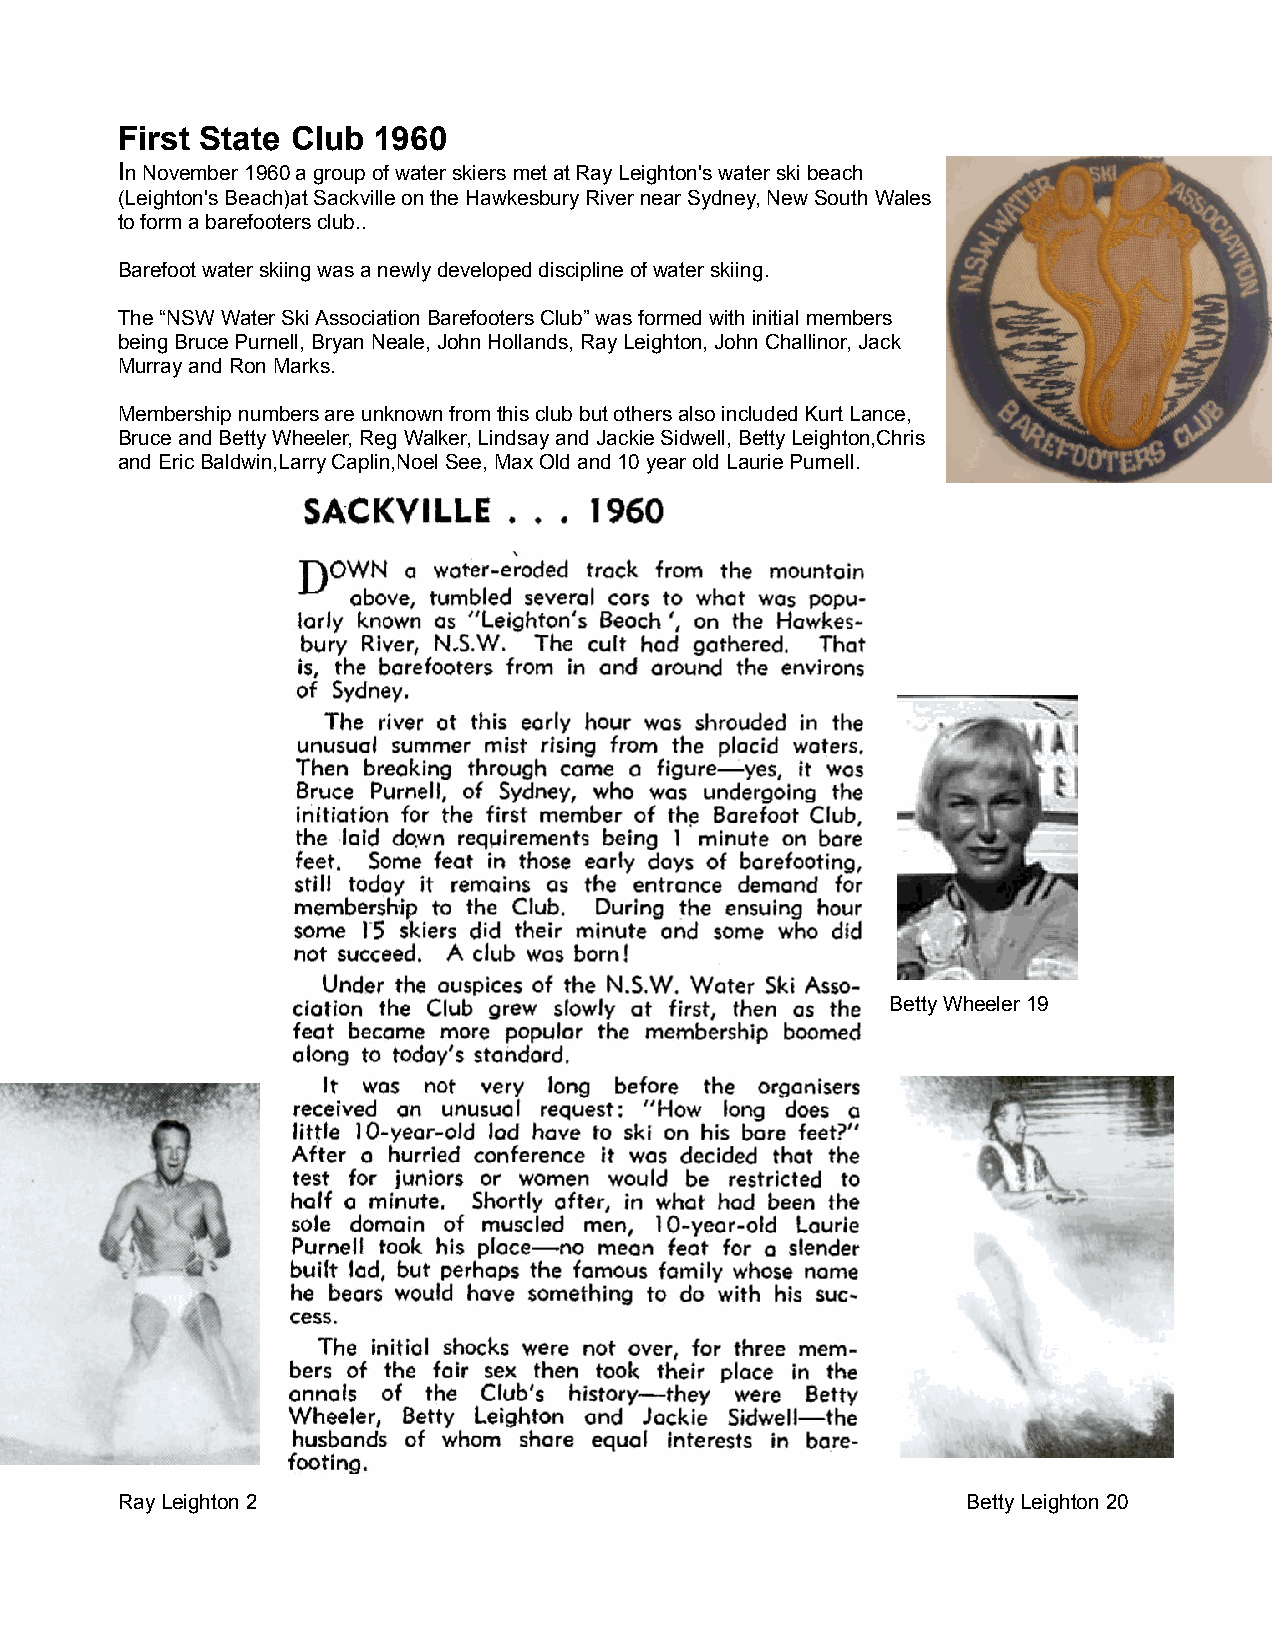
First State Club 1960
 In November 1960 a group of water skiers met at Ray Leighton's water ski beach
 (Leighton's Beach)at Sackville on the Hawkesbury River near Sydney, New South Wales
 to form a barefooters club..
 Barefoot water skiing was a newly developed discipline of water skiing.
 The “NSW Water Ski Association Barefooters Club” was formed with initial members
 being Bruce Purnell, Bryan Neale, John Hollands, Ray Leighton, John Challinor, Jack
 Murray and Ron Marks.
 Membership numbers are unknown from this club but others also included Kurt Lance,
 Bruce and Betty Wheeler, Reg Walker, Lindsay and Jackie Sidwell, Betty Leighton,Chris
 and Eric Baldwin,Larry Caplin,Noel See, Max Old and 10 year old Laurie Purnell.
 Betty Wheeler 19
 Ray Leighton 2                                          Betty Leighton 20